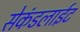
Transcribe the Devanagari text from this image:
सेकंडलाईट